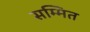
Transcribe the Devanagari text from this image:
सम्मित